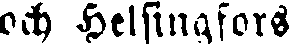
och Helsingfors